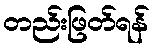
တည်းဖြတ်ရန်